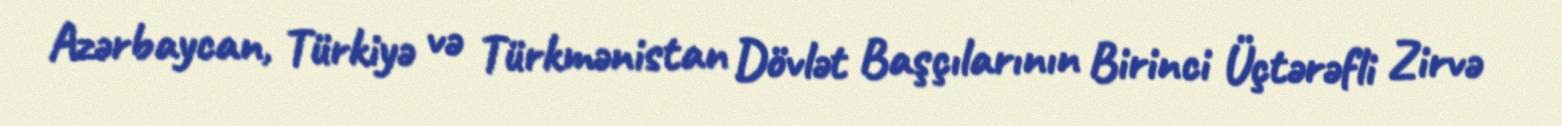
Azərbaycan, Türkiyə və Türkmənistan Dövlət Başçılarının Birinci Üçtərəfli Zirvə